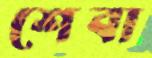
শেবা